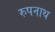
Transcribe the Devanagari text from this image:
रुपनाथ